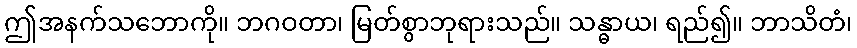
ဤအနက်သဘောကို။ ဘဂဝတာ၊ မြတ်စွာဘုရားသည်။ သန္ဓာယ၊ ရည်၍။ ဘာသိတံ၊